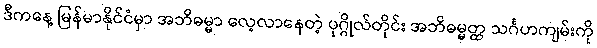
ဒီကနေ့ မြန်မာနိုင်ငံမှာ အဘိဓမ္မာ လေ့လာနေတဲ့ ပုဂ္ဂိုလ်တိုင်း အဘိဓမ္မတ္ထ သင်္ဂဟကျမ်းကို